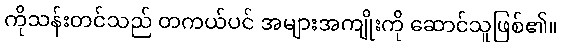
ကိုသန်းတင်သည် တကယ်ပင် အများအကျိုးကို ဆောင်သူဖြစ်၏။